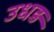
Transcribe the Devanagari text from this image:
उधड़